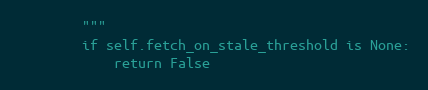
Language: Python
        """
        if self.fetch_on_stale_threshold is None:
            return False